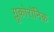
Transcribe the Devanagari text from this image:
ग्लूकोरॉनिक